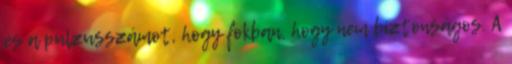
és a pulzusszámot, hogy fokban, hogy nem biztonságos. A